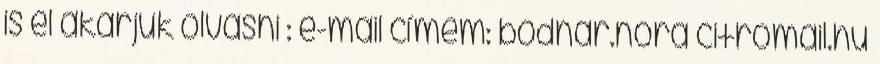
is el akarjuk olvasni : e-mail címem: bodnar.nora citromail.hu